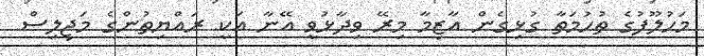
މަހުލޫފުގެ ތުހުމަތާ ގުޅިގެން އާޒިމާ މިރޭ ވިދާޅުވީ އޭނާ އަކީ ރައްޔިތުންގެ މަޖިލިސް